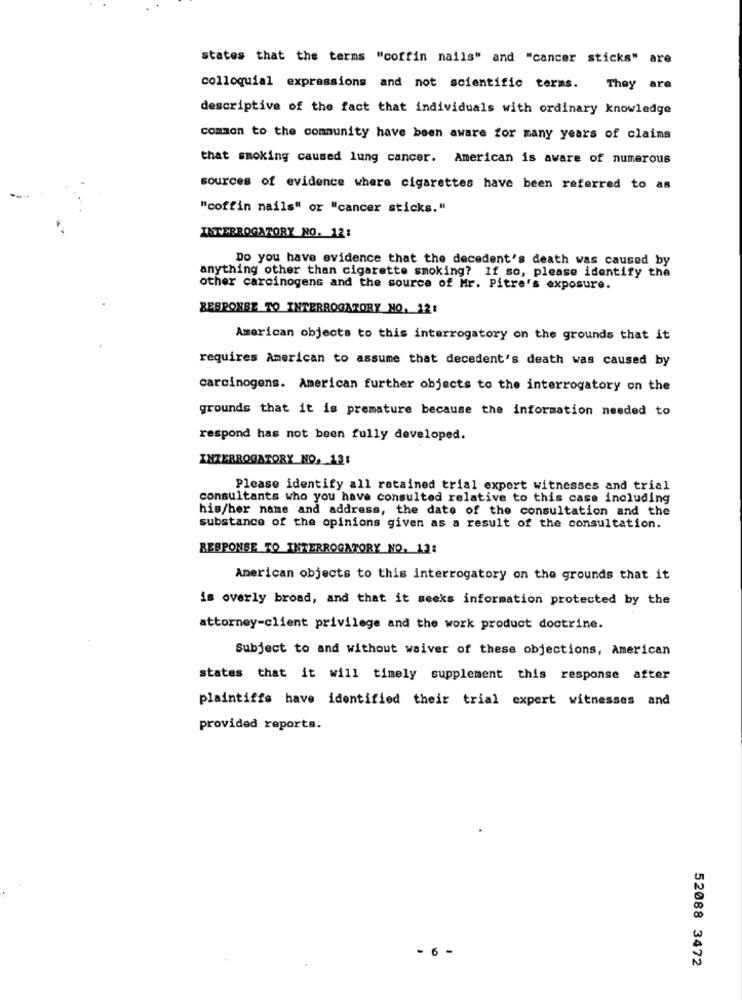
states that the terms "coffin nails" and "cancer sticks" are
colloquial expressions and not scientific terms. They are
descriptive of the fact that individuals with ordinary knowledge
common to the community have been aware for many years of claims
that smoking caused lung cancer. American is aware of numerous
sources of evidence where cigarettes have been referred to as
"coffin nails" or "cancer sticks."
INTERROGATORY NO. 12:
Do you have evidence that the decedent's death was caused by
anything other than cigarette smoking? If so, please identify the
other carcinogens and the source of Mr. Pitre's exposure.
RESPONSE TO INTERROGATORY NO. 12:
American objects to this interrogatory on the grounds that it
requires American to assume that decedent's death was caused by
carcinogens. American further objects to the interrogatory on the
grounds that it is premature because the information needed to
respond has not been fully developed.
INTERROGATORY NO. 12:
Please identify all retained trial expert witnesses and trial
consultants who you have consulted relative to this case including
his/her name and address, the date of the consultation and the
substance of the opinions given as a result of the consultation.
RESPONSE TO INTERROGATORY NO. 13:
American objects to this interrogatory on the grounds that it
is overly broad, and that it seeks information protected by the
attorney-client privilege and the work product doctrine.
Subject to and without waiver of these objections, American
states that it will timely supplement this response after
plaintiffs have identified their trial expert witnesses and
provided reports.
- 6 -
52088 3472